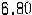
6.80